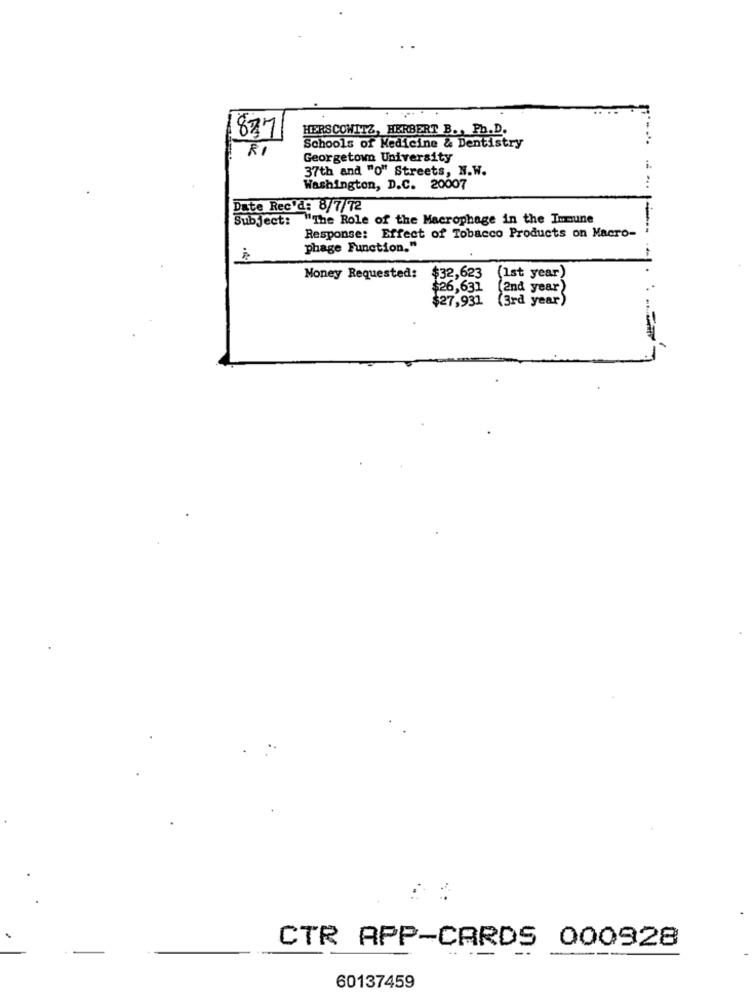
8771
HERSCOWITZ, HERBERT B ., Ph.D.
Schools of Medicine & Dentistry
RI
Georgetown University
37th and "o" Streets, N.W.
Washington, D.C. 20007
Date Rec'd: 8/7/72
Subject: "The Role of the Macrophage in the Immune
Response: Effect of Tobacco Products on Macro-
phage Function."
Money Requested:
$32,623
(Ist year)
$26,631
(2nd year)
$27,931
(3rd year)
CTR APP-CARDS 000928
.. . -
60137459